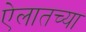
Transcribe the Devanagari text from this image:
ऐलातच्या